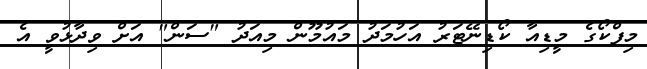
މިފްކޯގެ މީޑިއާ ކޯޑިނޭޓަރު އަހުމަދު މައުމޫން މިއަދު "ސަން" އަށް ވިދާޅުވީ އެ